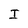
Character: I